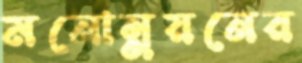
মনোন্নয়নের